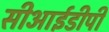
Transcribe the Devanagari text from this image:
सीआईडीपी